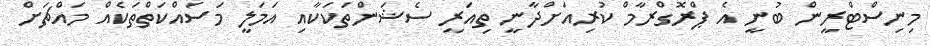
މިނިސްޓްރީން ބުނީ އެ ޕްރޮގްރާމް ކުރިއަށްދާނީ ތިއަރީ ސެޝަންތަކަކާއި އަމަލީ މަސައްކަތްތަކެއް މައްޗަށް